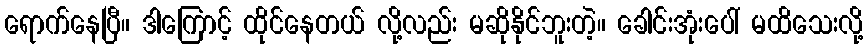
ရောက်နေပြီ။ ဒါကြောင့် ထိုင်နေတယ် လို့လည်း မဆိုနိုင်ဘူးတဲ့။ ခေါင်းအုံးပေါ် မထိသေးလို့